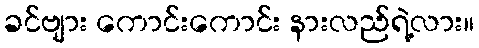
ခင်ဗျား ကောင်းကောင်း နားလည်ရဲ့လား။